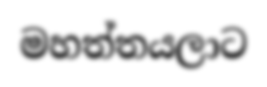
මහත්තයලාට